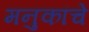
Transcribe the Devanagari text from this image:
मनुकांचे